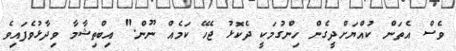
ވެސް އެތަން ކުއްޔަށްދީގެން ހިންގުމަކީ ދެކޮޅު ޖެހޭ ކަމެއް ނޫން." އިބްތިޝާމާ ވިދާޅުވެފައިވެ